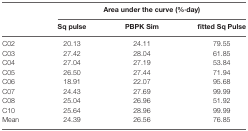
<table><thead><tr><td></td><td colspan="3"><b>Area under the curve (%·day)</b></td></tr><tr><td></td><td><b>Sq pulse</b></td><td><b>PBPK Sim</b></td><td><b>fitted Sq Pulse</b></td></tr></thead><tbody><tr><td>C02</td><td>20.13</td><td>24.11</td><td>79.55</td></tr><tr><td>C03</td><td>27.42</td><td>28.04</td><td>61.85</td></tr><tr><td>C04</td><td>27.04</td><td>27.19</td><td>53.84</td></tr><tr><td>C05</td><td>26.50</td><td>27.44</td><td>71.94</td></tr><tr><td>C06</td><td>18.91</td><td>22.07</td><td>95.68</td></tr><tr><td>C07</td><td>24.43</td><td>27.69</td><td>99.99</td></tr><tr><td>C08</td><td>25.04</td><td>26.96</td><td>51.92</td></tr><tr><td>C10</td><td>25.64</td><td>28.96</td><td>99.99</td></tr><tr><td>Mean</td><td>24.39</td><td>26.56</td><td>76.85</td></tr></tbody></table>